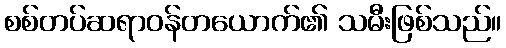
စစ်တပ်ဆရာဝန်တယောက်၏ သမီးဖြစ်သည်။